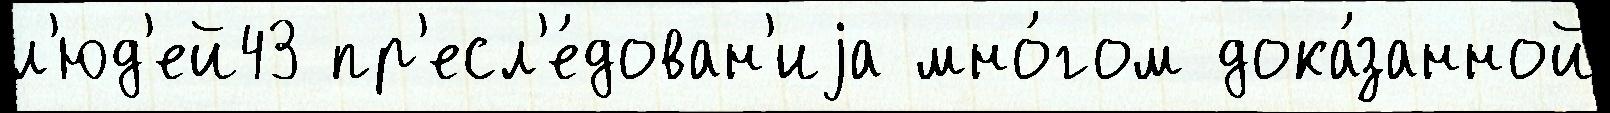
л'юд'ей43 пр'есл'е́дован'иjа мно́гом дока́занной